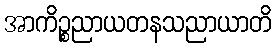
အာကိဉ္စညာယတနသညာယာတိ